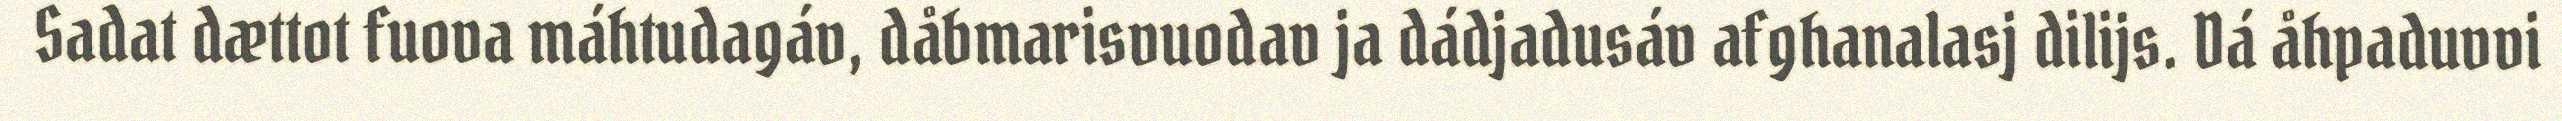
Sadat dættot fuova máhtudagáv, dåbmarisvuodav ja dádjadusáv afghanalasj dilijs. Dá åhpaduvvi